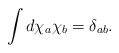
\begin{align*}\int d\chi_a \chi_b = \delta_{ab}.\end{align*}